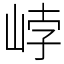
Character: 㟑